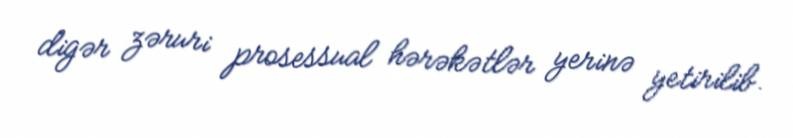
digər zəruri prosessual hərəkətlər yerinə yetirilib.